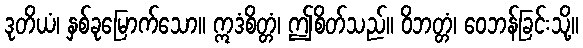
ဒုတိယံ၊ နှစ်ခုမြောက်သော။ ဣဒံစိတ္တံ၊ ဤစိတ်သည်။ ဝိဘတ္တံ၊ ဝေဘန်ခြင်းသို့။